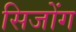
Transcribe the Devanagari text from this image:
सिजोंग